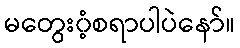
မတွေး၀ံ့စရာပါပဲနော်။